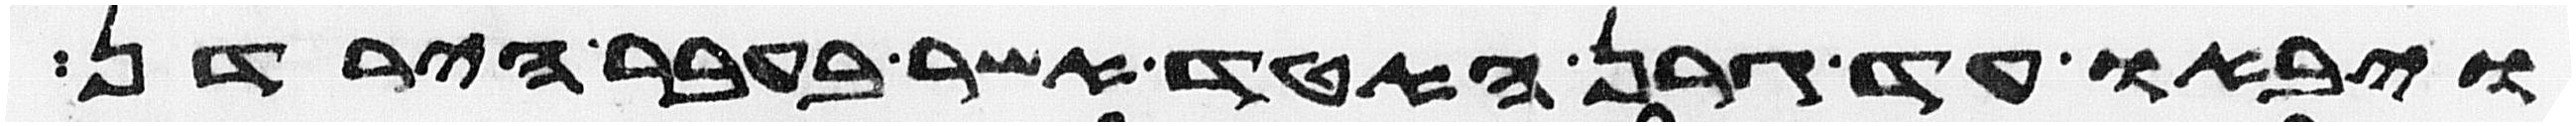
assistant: ויבאו עד גרן האטד אשר בעבר הירדן